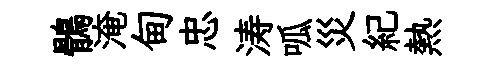
鶻淹甸忠涛呱災紀熱